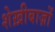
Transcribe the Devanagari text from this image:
शेख़ीबाज़ों